Medical and sanitary report of the native army of Madras for the year
Year: 1876
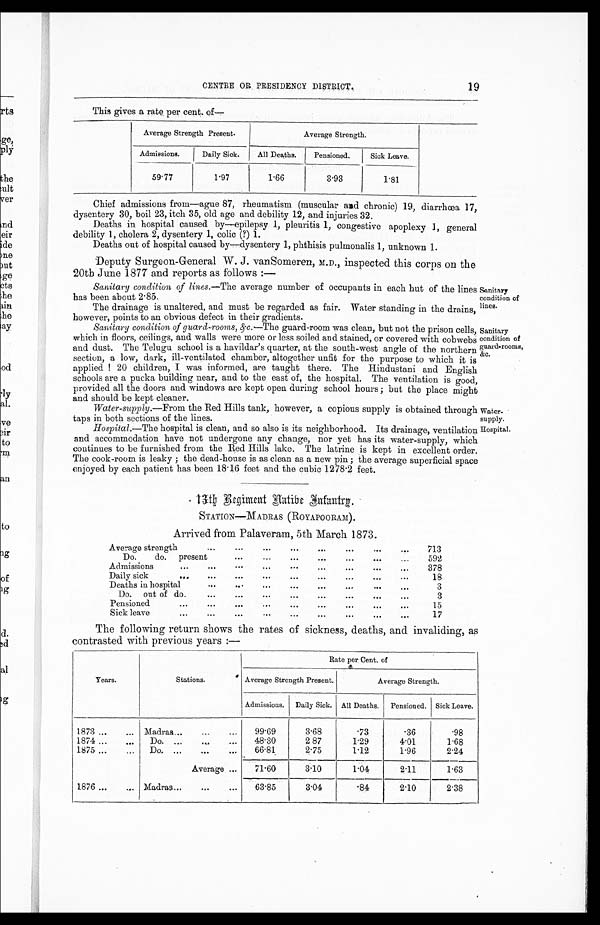
Sanitary
condition of
lines.
Sanitary
condition of
guard-rooms,
&c.
CENTRE OR PRESIDENCY DISTRICT.
19
This gives a rate per cent. of—
Average Strength Present.
Average Strength.
Admissions.
Daily Sick.
All Deaths.
Pensioned.
Sick Leave.
59·77
1·97
1·66
3·93
1·81
Chief admissions from—ague 87, rheumatism (muscular and chronic) 19, diarrhœa 17,
dysentery 30, boil 23, itch 35, old age and debility 12, and injuries 32.
Deaths in hospital caused by—epilepsy 1, pleuritis 1, congestive apoplexy 1, general
debility 1, cholera 2, dysentery 1, colic (?) 1.
Deaths out of hospital caused by—dysentery 1, phthisis pulmonalis 1, unknown 1.
Deputy Surgeon-General W. J. vanSomeren, M.D., inspected this corps on the
20th June 1877 and reports as follows:—
Sanitary condition of lines.—The average number of occupants in each hut of the lines
has been about 2·85.
The drainage is unaltered, and must be regarded as fair. Water standing in the drains
, however, points to an obvious defect in their gradients.
Sanitary condition of guard-rooms, &c. —The guard-room was clean, but not the prison cells,
which in floors, ceilings, and walls were more or less soiled and stained, or covered with cobwebs
and dust. The Telugu school is a havildar's quarter, at the south-west angle of the northern
section, a low, dark, ill-ventilated chamber, altogether unfit for the purpose to which it is
applied ! 20 children, I was informed, are taught there. The Hindustani and English
schools are a pucka building near, and to the east of, the hospital. The ventilation is good,
provided all the doors and windows are kept open during school hours; but the place might
and should be kept cleaner.
Water-supply. —From the Red Hills tank, however, a copious supply is obtained through
taps in both sections of the lines.
Hospital.—The hospital is clean, and so also is its neighborhood. Its drainage, ventilation
and accommodation have not undergone any change, nor yet has its water-supply, which
continues to be furnished from the Red Hills lake. The latrine is kept in excellent order.
The cook-room is leaky; the dead-house is as clean as a new pin; the average superficial space
enjoyed by each patient has been 18·16 feet and the cubic 1278·2 feet.
13th Regiment Native Infantry.
STATION—MADRAS (ROYAPOORAM).
Arrived from Palaveram, 5th March 1873.
Average strength
713
Do. do. present
592
Admissions
378
Daily sick
18
Deaths in hospital
3
Do. out of do.
3
Pensioned
15
Sick leave
17
Water- •
supply.
Hospital.
The following return shows the rates of sickness, deaths, and invaliding, as
contrasted with previous years:—
Years.
Stations.
Rate per Cent. of
Average Strength Present.
Average Strength.
Admissions. Daily Sick. All Deaths. Pensioned. Sick Leave.
1873
Madras
99·69
3·68
·73
·36
·98
1874
Do.
48·30
2·87
1·29
4·01
1·68
1875
Do.
66·81
2·75
1·12
1·96
2·24
Average
71·60
3·10
1·04
2·11
1·63
1876
Madras
63·85
3·04
·84
2·10
2·38